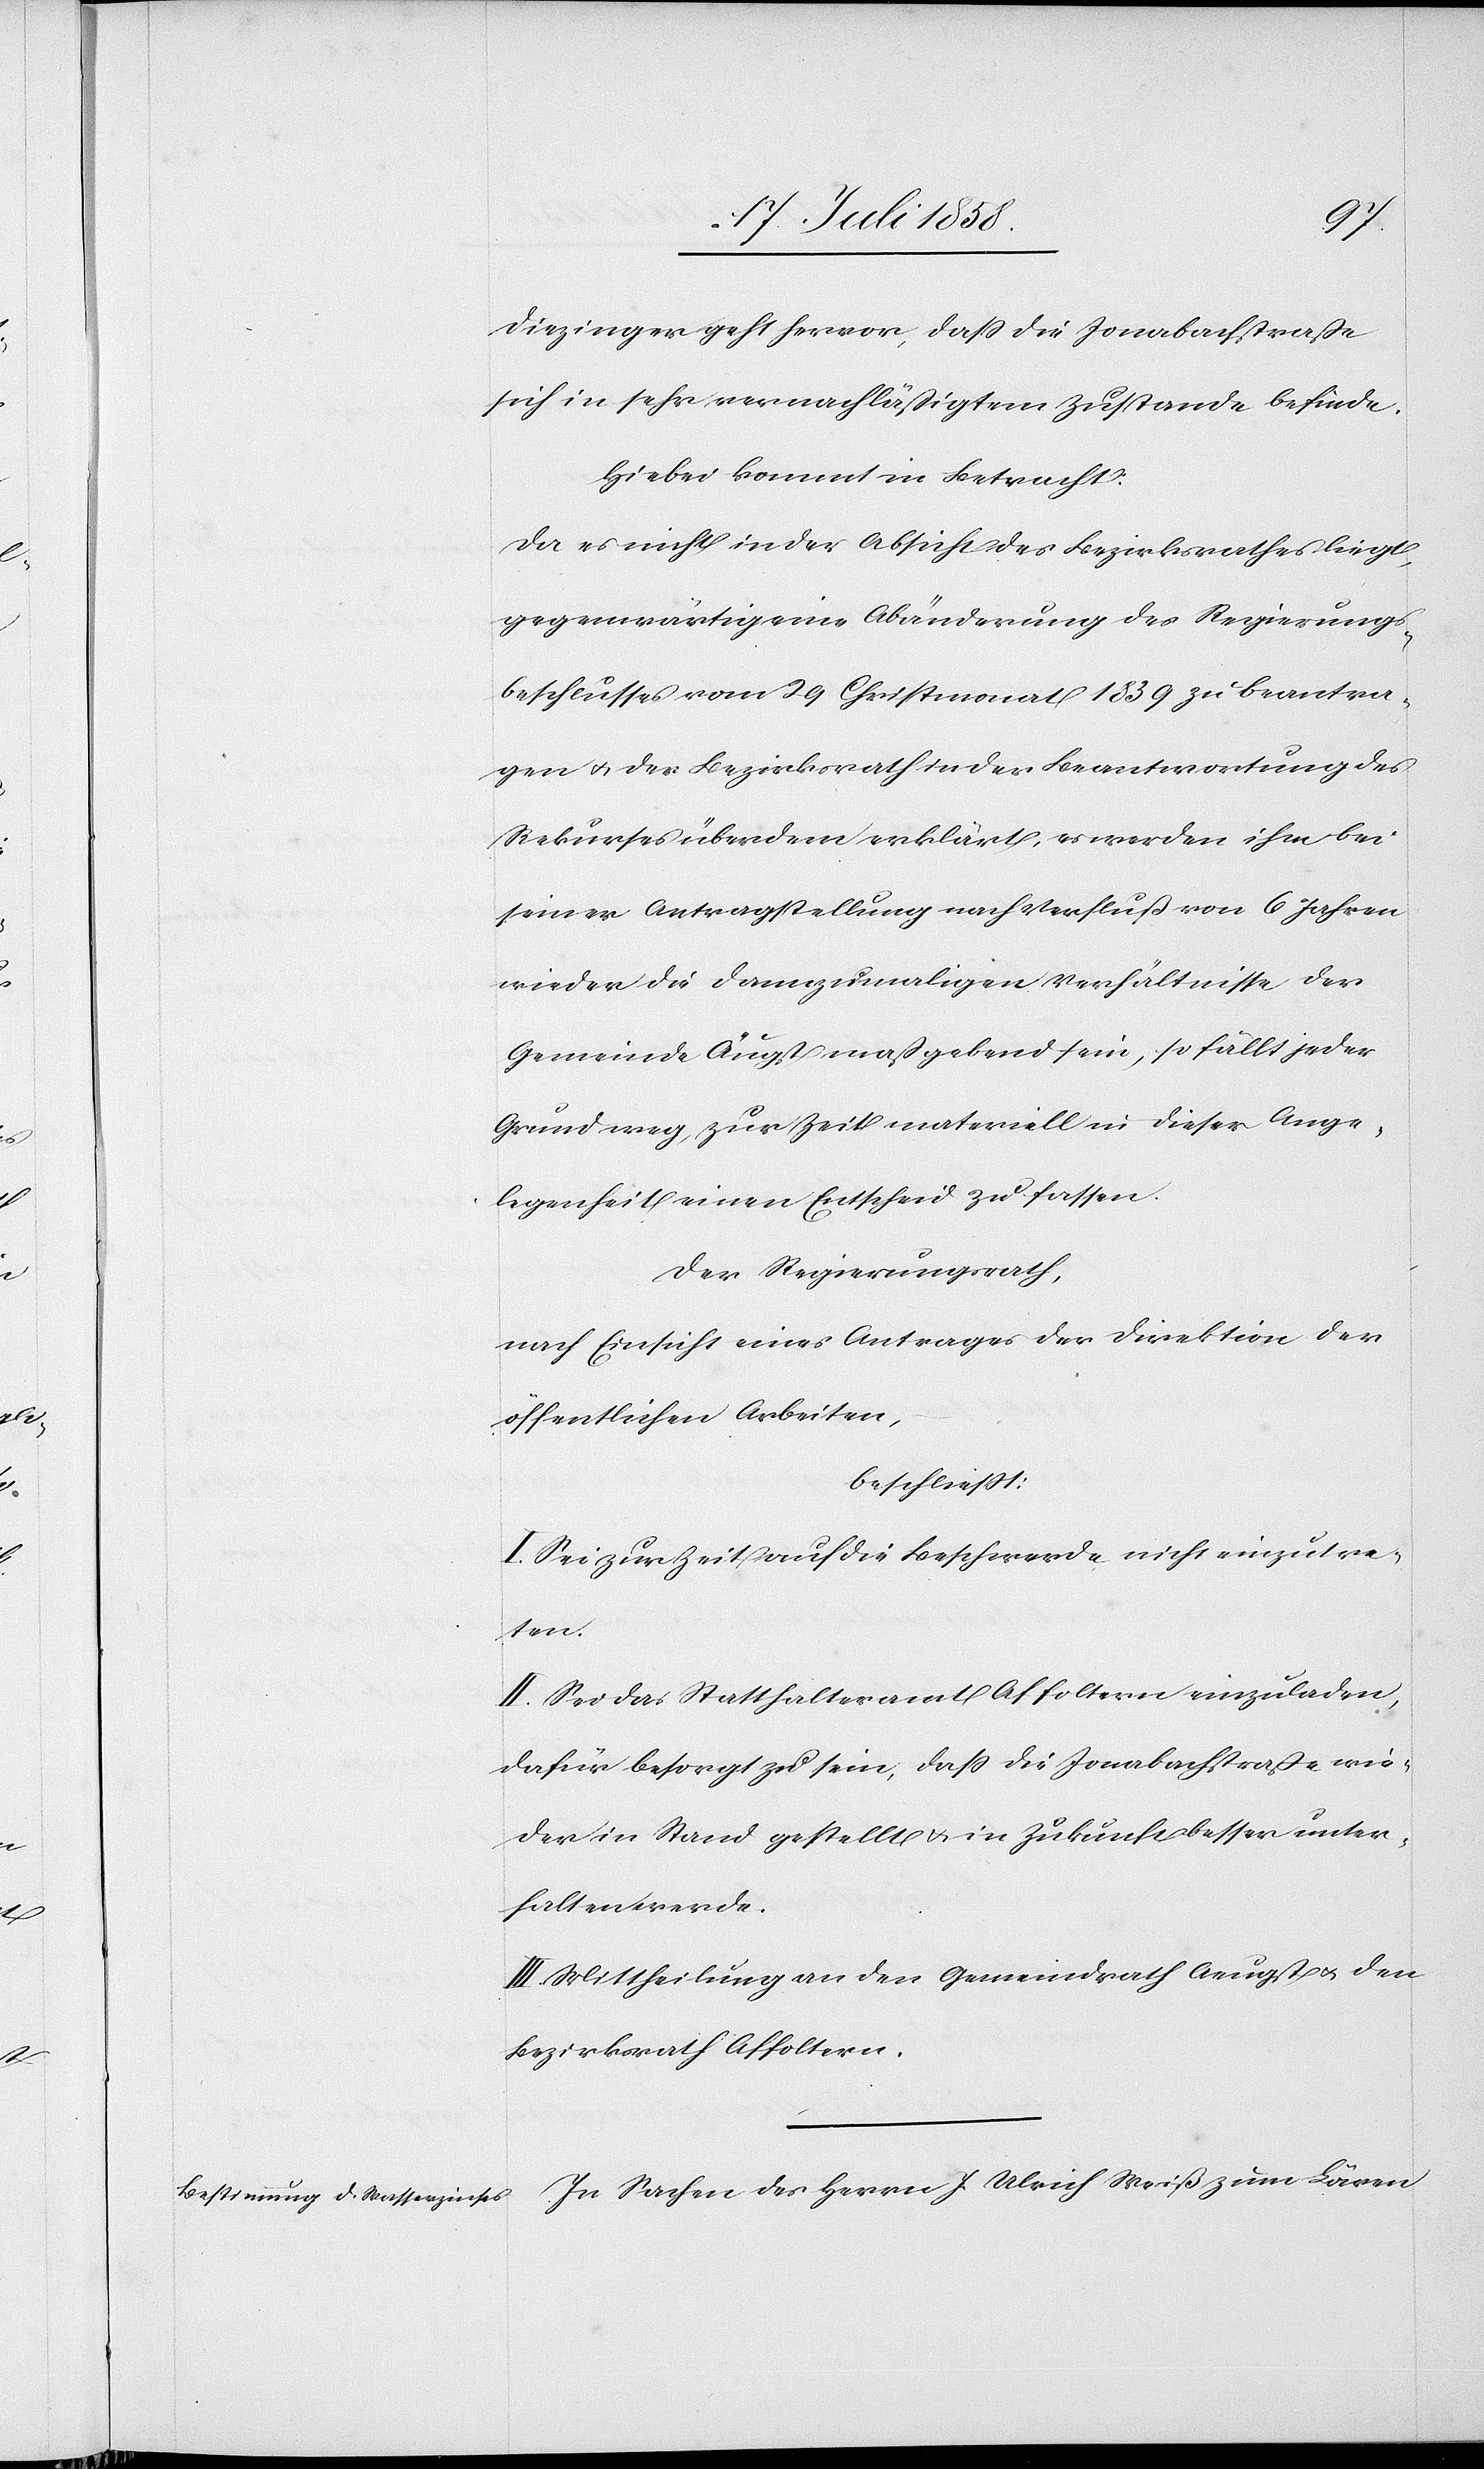
Diezinger geht hervor, dass die Jonabachstraße
sich in sehr vernachläßigtem Zustande befinde.
Hiebei kommt in Betracht:
Da es nicht in der Absicht des Bezirksrathes liegt,
gegenwärtig eine Abänderung des Regierungs¬
beschlusses vom 29 Christmonat 1839 zu beantra¬
gen & der Bezirksrath in der Beantwortung des
Rekurses überdem erklärt, es werden ihm bei
seiner Antragstellung nach Verfluß von 6 Jahren
wieder die dannzumaligen Verhältnisse der
Gemeinde Äugst maßgebend sein, so fällt jeder
Grund weg, zur Zeit materiell in dieser Ange¬
legenheit einen Entscheid zu fassen.
Der Regierungsrath,
nach Einsicht eines Antrages der Direktion der
öffentlichen Arbeiten,
beschliesst:
I. Sei zur Zeit auf die Beschwerde nicht einzutre¬
ten.
II. Sei das Statthalteramt Affoltern einzuladen,
dafür besorgt zu sein, dass die Jonabachstraße wie¬
der in Stand gestellt & in Zukunft besser unter¬
halten werde.
III. Mittheilung an den Gemeindrath Aeugst & den
Bezirksrath Affoltern.
In Sachen des Herrn J. Ulrich Weiß zum Löwen